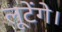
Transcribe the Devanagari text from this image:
लूटेंगे।